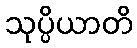
သုပ္ပိယာတိ